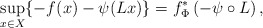
\begin{align*}\sup\limits_{x\in X}\{-f(x)-\psi(Lx)\}=f^*_\Phi \left(-\psi\circ L \right),\end{align*}